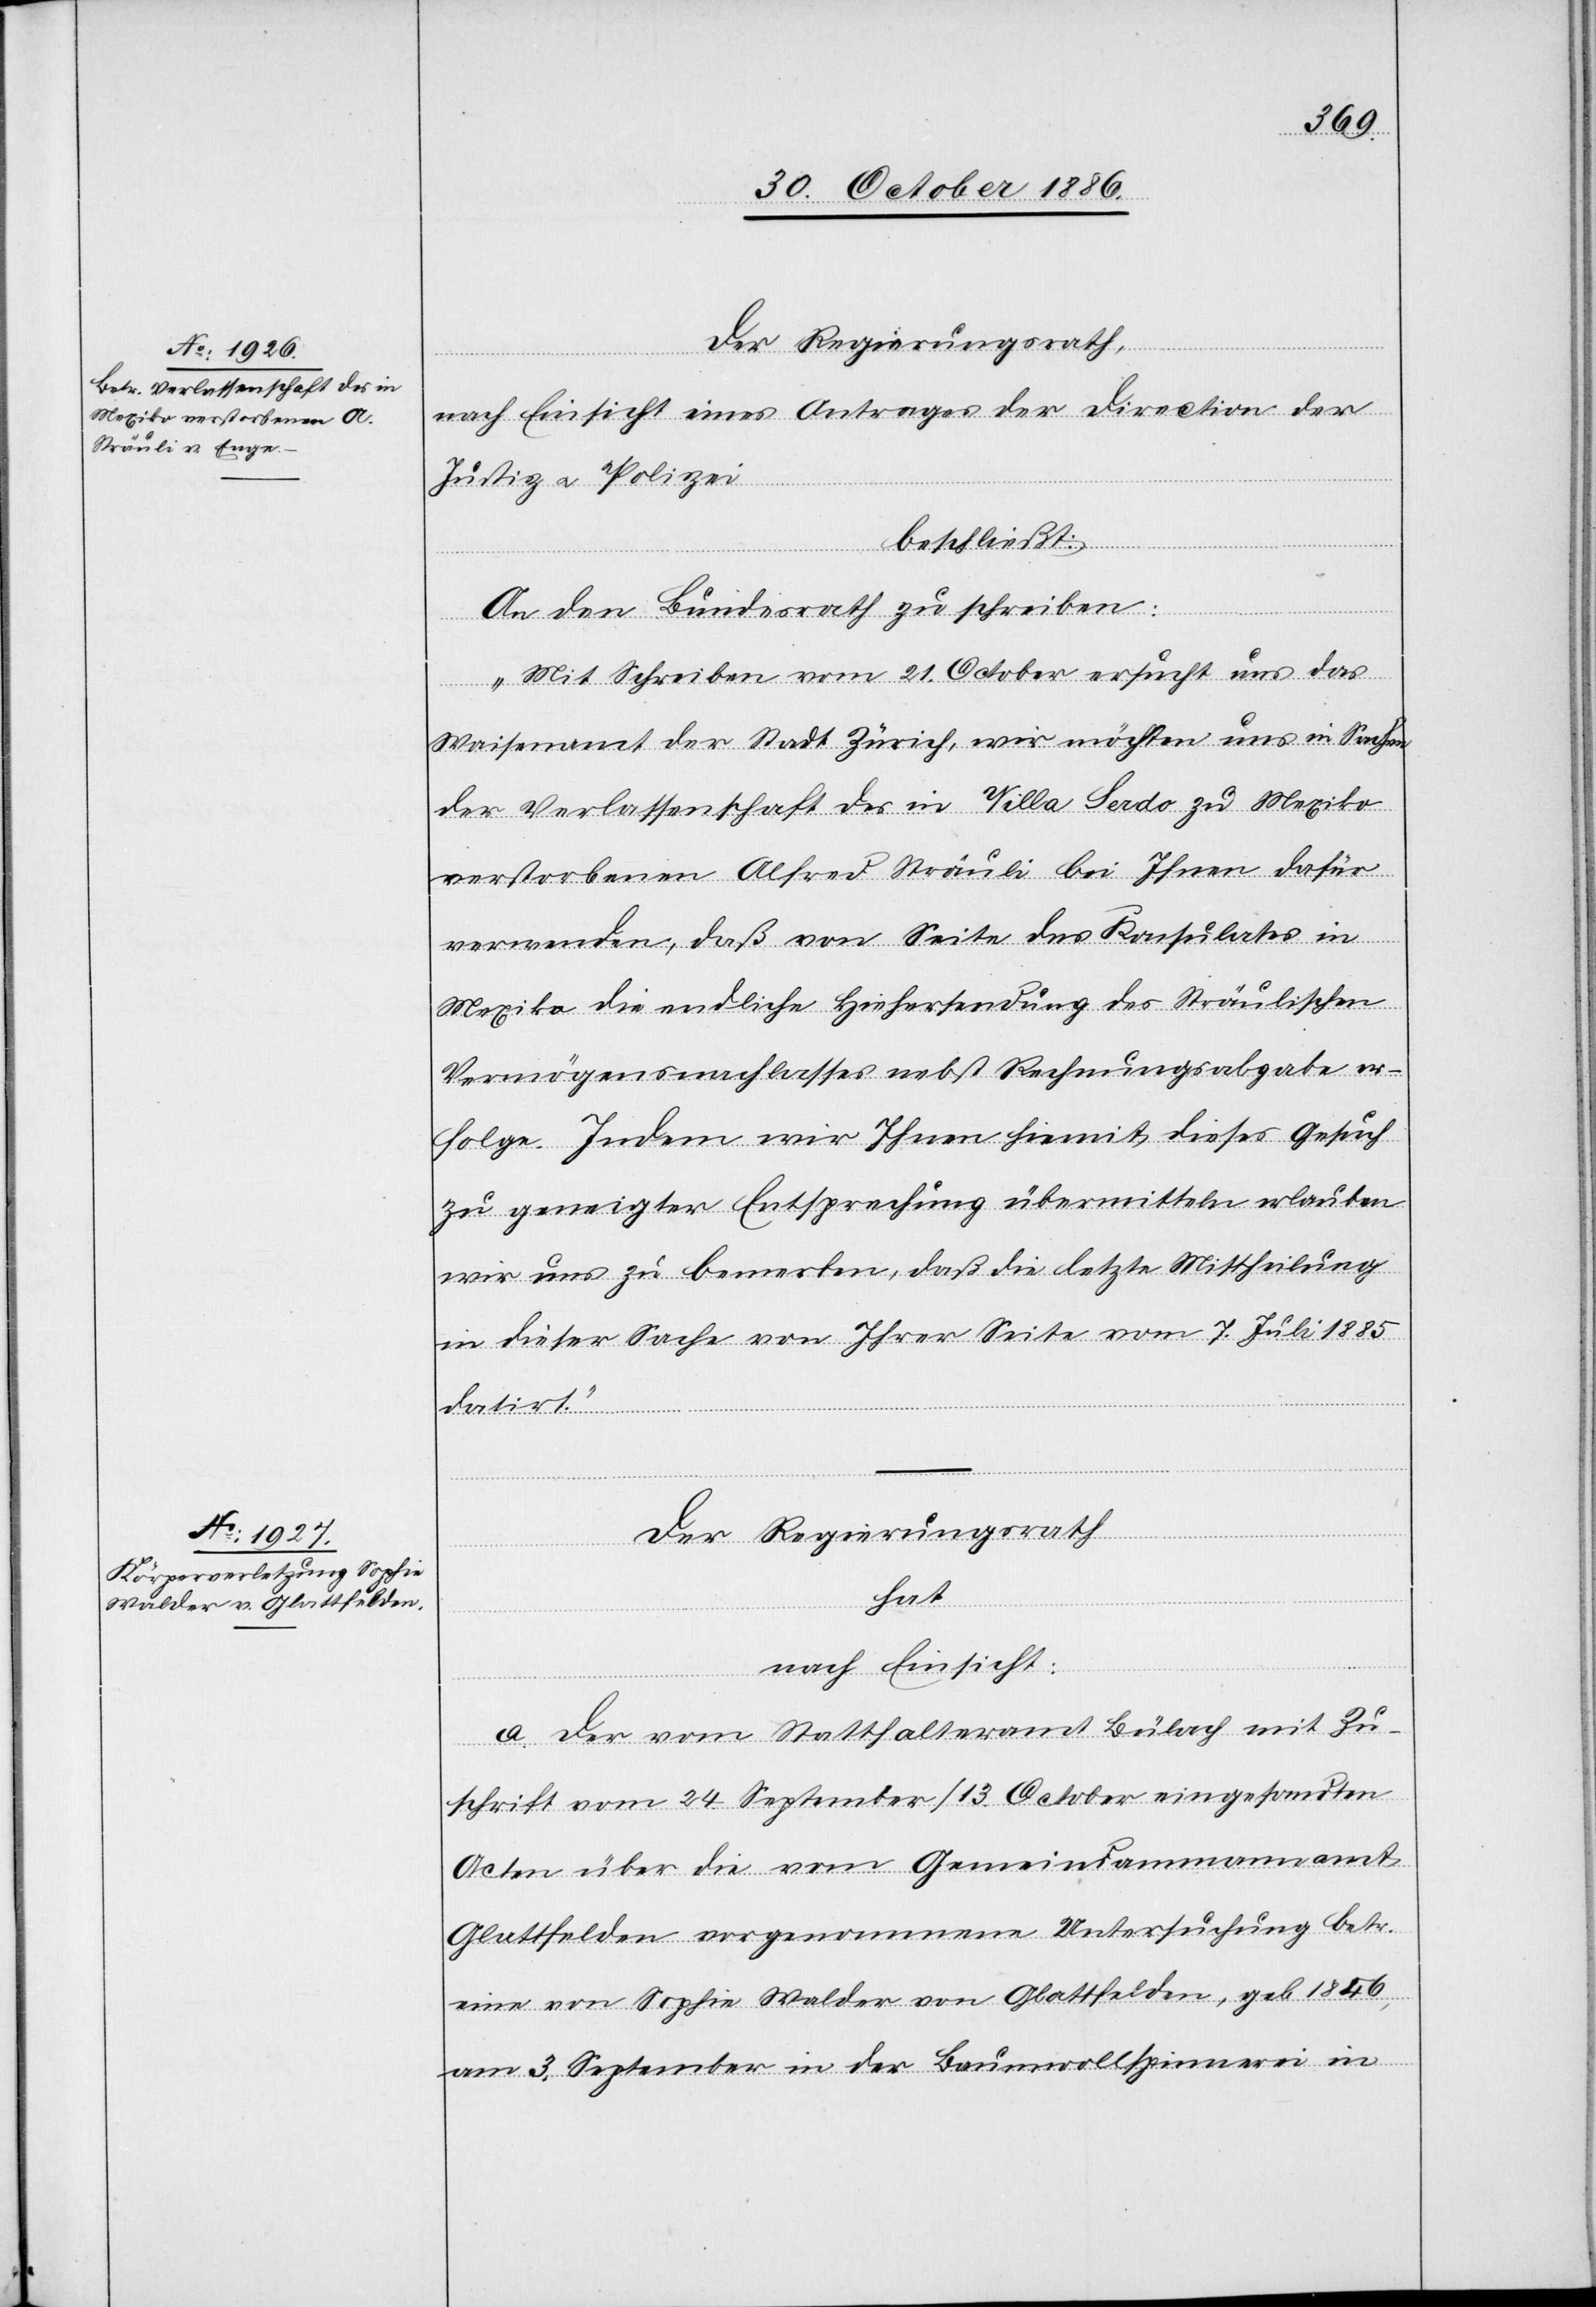
Der Regierungsrath,
nach Einsicht eines Antrages der Direction der
Justiz & Polizei
beschließt:
An den Bundesrath zu schreiben:
„Mit Schreiben vom 21. October ersucht uns das
Waisenamt der Stadt Zürich, wir möchten uns in Sachen
der Verlassenschaft des in Villa Serdo zu Mexiko
verstorbenen Alfred Sträuli bei Ihnen dafür
verwenden, daß von Seite des Konsulates in
Mexiko die endliche Hiehersendung des Sträulischen
Vermögensnachlasses nebst Rechnungsabgabe er¬
folge. Indem wir Ihnen hiemit dieses Gesuch
zu geneigter Entsprechung übermitteln erlauben
wir uns zu bemerken, daß die letzte Mittheilung
in dieser Sache von Ihrer Seite vom 7. Juli 1885
datirt.“
Der Regierungsrath
hat
nach Einsicht:
a. Der vom Statthalteramt Bülach mit Zu¬
schrift vom 24. September/13. October eingesandten
Acten über die vom Gemeindammannamt
Glattfelden vorgenommene Untersuchung betr.
eine von Sophie Walder von Glattfelden, geb. 1846,
am 3. September in der Baumwollspinnerei in